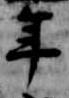
年